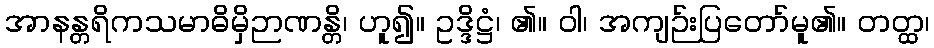
အာနန္တရိကသမာဓိမှိဉာဏန္တိ၊ ဟူ၍။ ဥဒ္ဒိဋ္ဌံ၊ ၏။ ဝါ၊ အကျဉ်းပြတော်မူ၏။ တတ္ထ၊